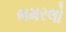
ભમરલો